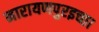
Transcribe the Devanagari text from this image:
नारायणपुरइच्छा